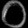
Digit: ၀